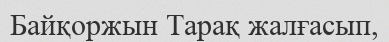
Байқоржын Тарақ жалғасып,